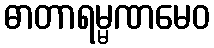
ဓာတာရမ္မဏမေဝ